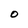
Character: O